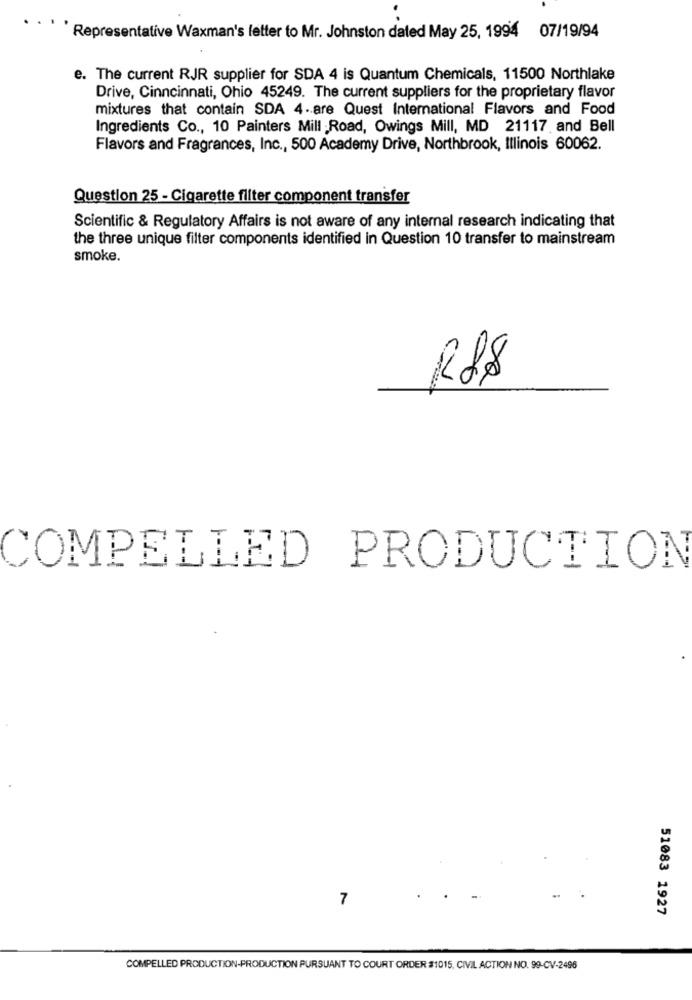
Representative Waxman's letter to Mr. Johnston dated May 25, 1994 07/19/94
e. The current RJR supplier for SDA 4 is Quantum Chemicals, 11500 Northlake
Drive, Cinncinnati, Ohio 45249. The current suppliers for the proprietary flavor
mixtures that contain SDA 4. are Quest International Flavors and Food
Ingredients Co ., 10 Painters Mill Road, Owings Mill, MD 21117 and Bell
Flavors and Fragrances, Inc ., 500 Academy Drive, Northbrook, Illinois 60062.
Question 25 - Cigarette filter component transfer
Scientific & Regulatory Affairs is not aware of any internal research indicating that
the three unique filter components identified in Question 10 transfer to mainstream
smoke.
R88
COMPELLED PRODUCTION
7
51083 1927
COMPELLED PRODUCTION-PRODUCTION PURSUANT TO COURT ORDER #1015, CIVIL ACTION NO. 99-CV-2496